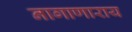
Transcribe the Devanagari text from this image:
नागाणाराय